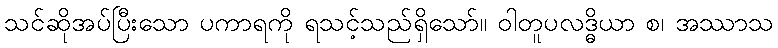
သင်ဆိုအပ်ပြီးသော ပကာရကို ရသင့်သည်ရှိသော်။ ဝါတူပလဒ္ဓိယာ စ၊ အဿာသ